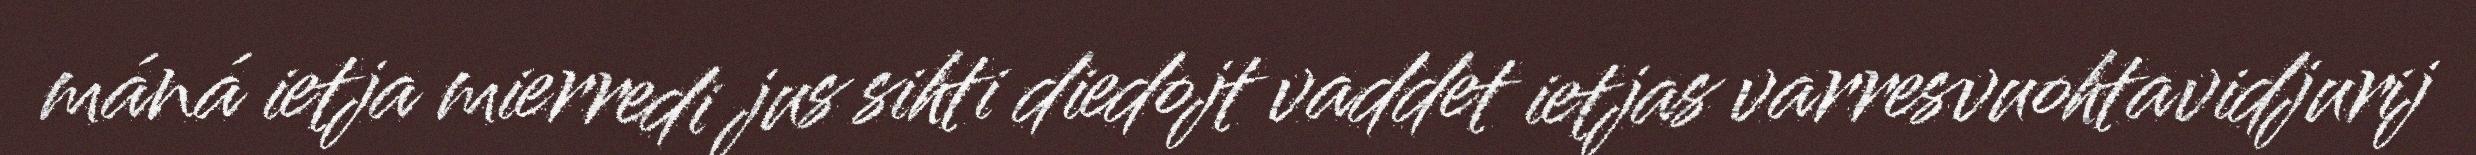
máná ietja mierredi jus sihti diedojt vaddet ietjas varresvuohtavidjurij